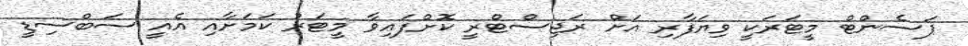
ޕަސެންޓް މީޓަރަކީ ވިޔަފާރި އަށް ރަޖިސްޓްރީ ކޮށްފައިވާ މީޓަރު ކަމަށާއި އެއީ ސަބްސިޑީ